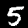
Digit: 5